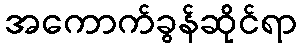
အကောက်ခွန်ဆိုင်ရာ